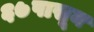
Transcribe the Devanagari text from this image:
६७पासून